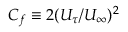
C _ { f } \equiv 2 ( U _ { \tau } / U _ { \infty } ) ^ { 2 }